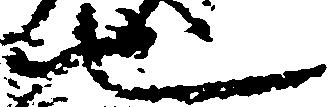
也